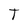
Character: T